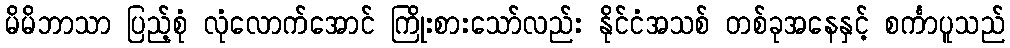
မိမိဘာသာ ပြည့်စုံ လုံလောက်အောင် ကြိုးစားသော်လည်း နိုင်ငံအသစ် တစ်ခုအနေနှင့် စင်္ကာပူသည်